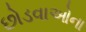
છોડવાઓના